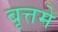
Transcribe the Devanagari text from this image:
बृत्तमे